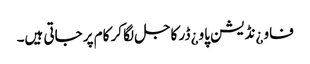
فاو ¿نڈیشن پاو ¿ڈر کاجل لگا کر کام پر جاتی ہیں۔